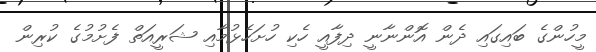
މީހުންގެ ބައިގައި ދެން އޮންނާނީ ދިފާއީ ހެކި ހުށަހެޅުމާއި ޝަރީއަތް ފެށުމުގެ ކުރިން